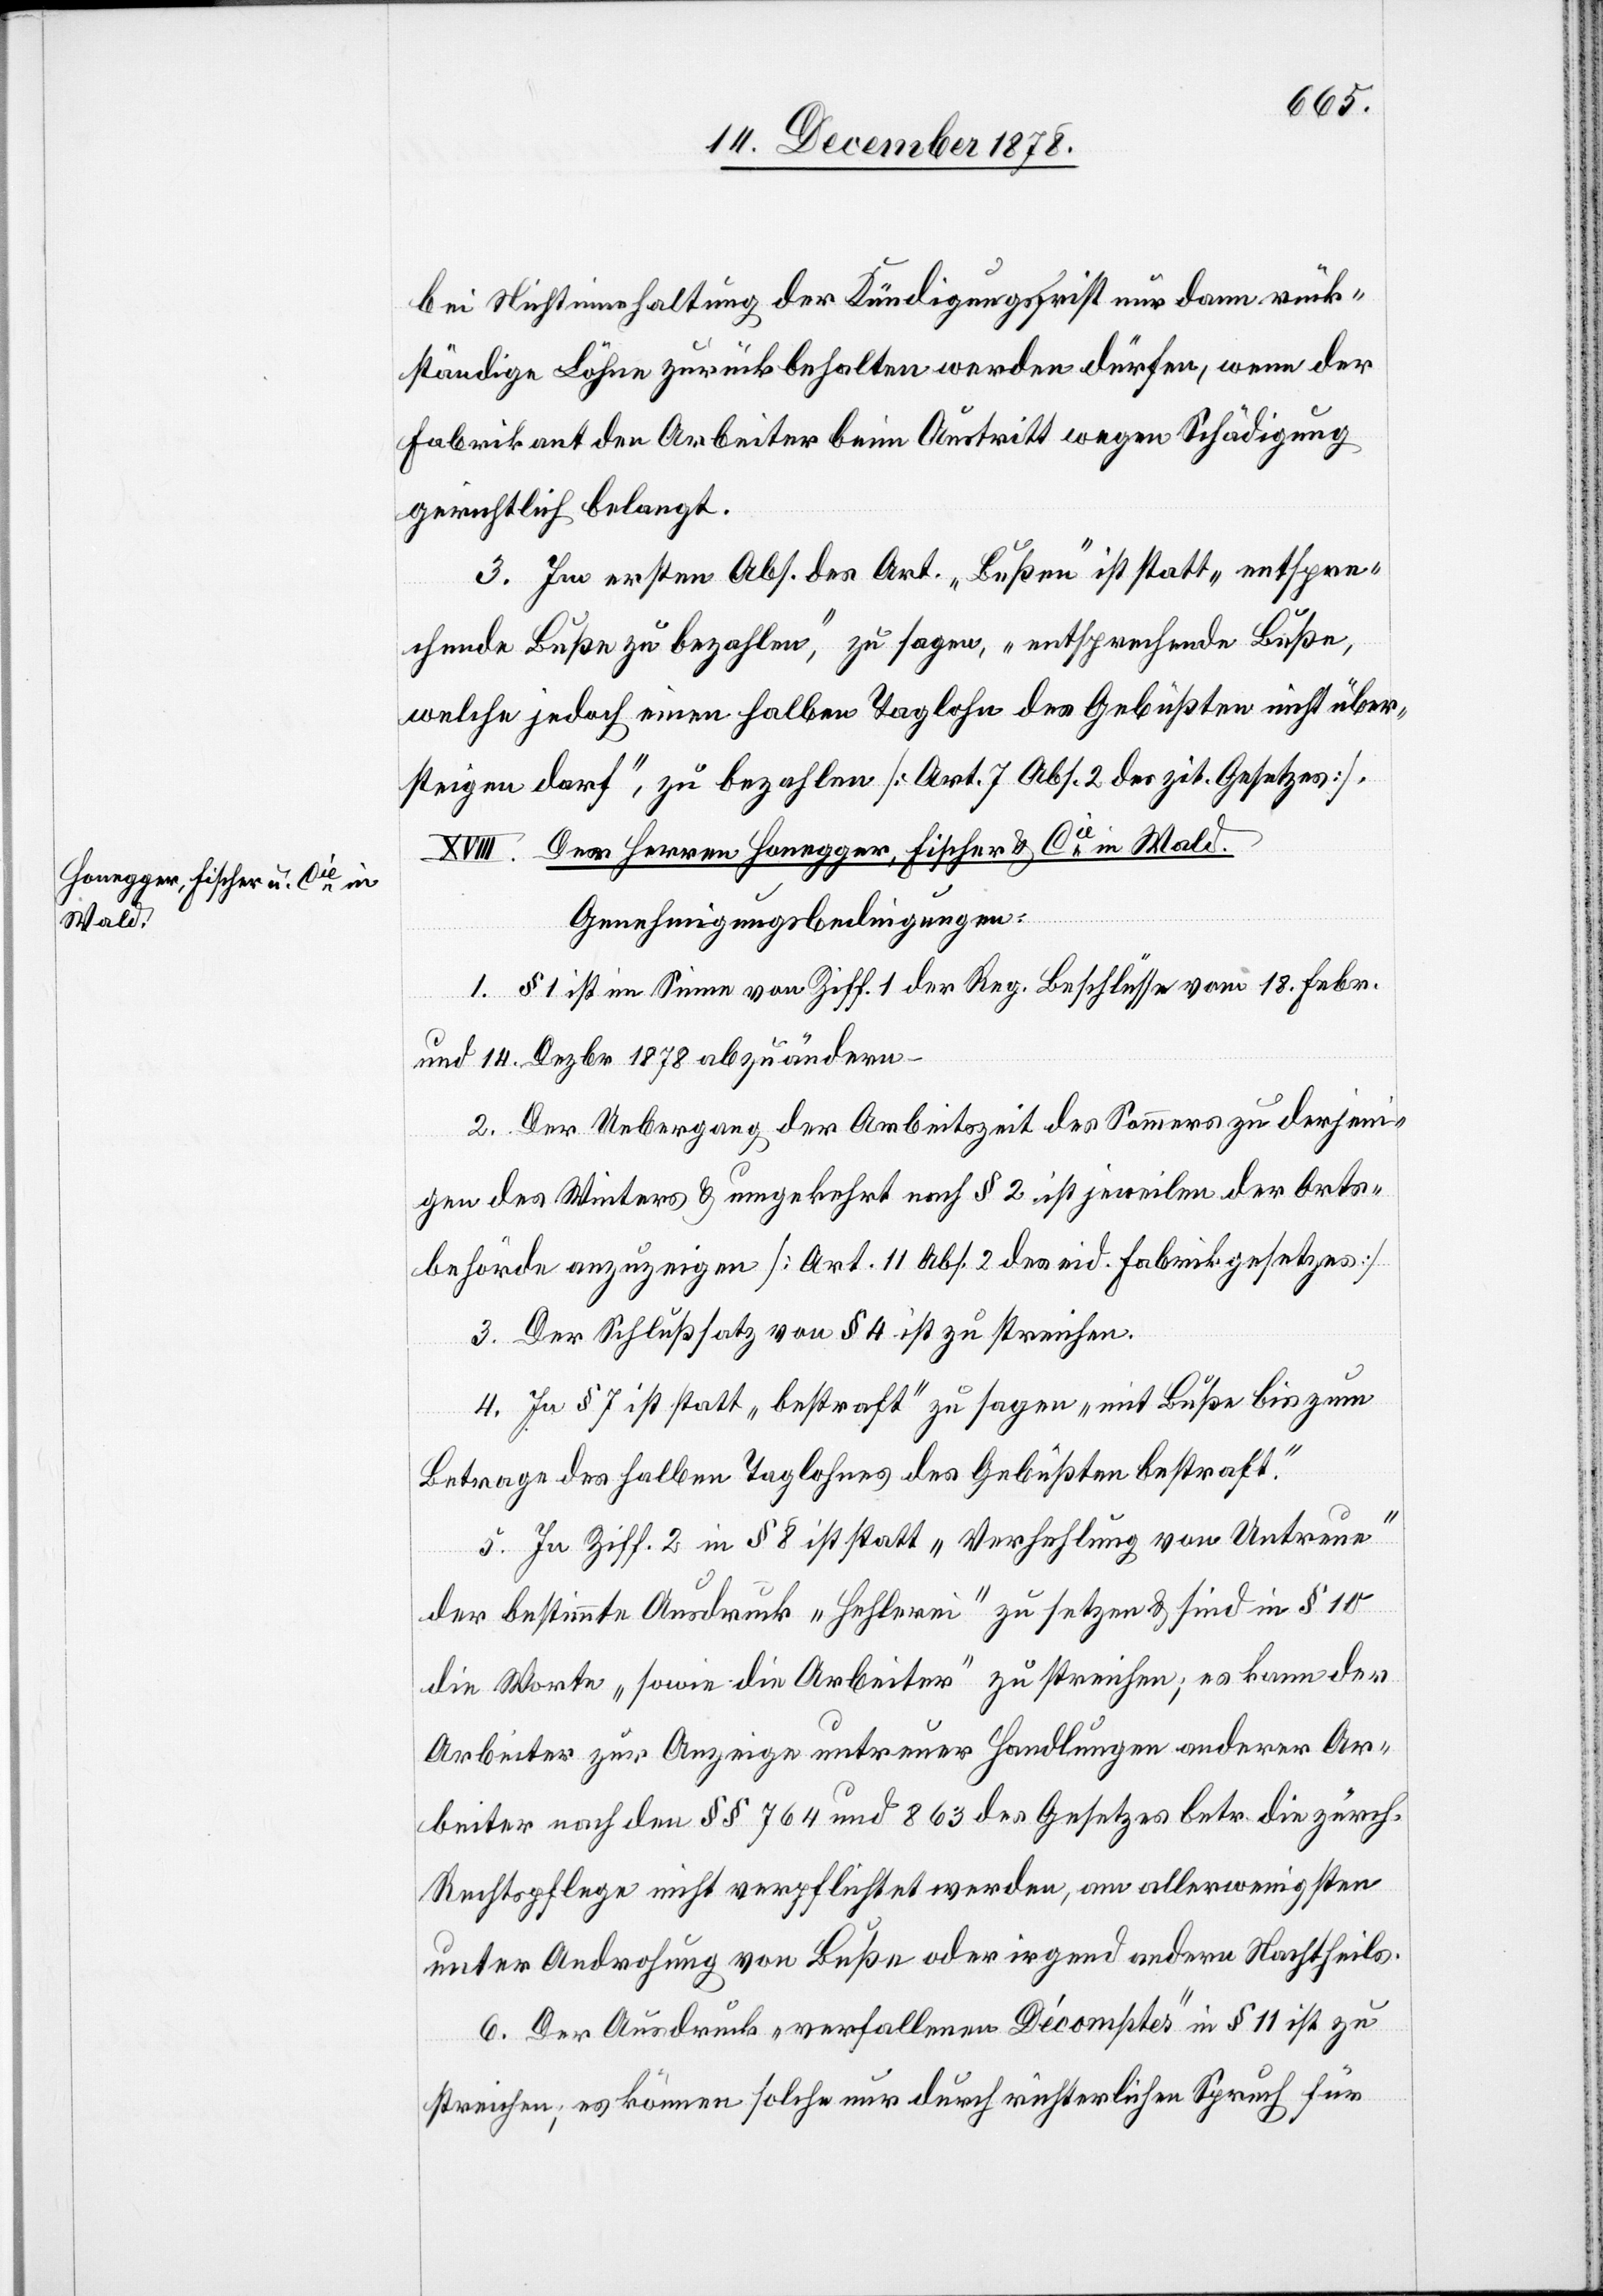
bei Nichteinhaltung der Kündigungsfrist nur dann rück¬
ständige Löhne zurückbehalten werden dürfen, wenn der
Fabrikant den Arbeiter beim Austritt wegen Schädigung
gerichtlich belangt.
3. Im ersten Abs. des Art. „Bußen“ ist statt „entspre¬
chende Buße zu bezahlen“, zu sagen, „entsprechende Buße,
welche jedoch einen halben Taglohn des Gebüßten nicht über¬
steigen darf“, zu bezahlen [Art. 7, Abs. 2 des zit. Gesetzes].
XVIII. Der Herren Honegger, Fischer & Cie in Wald.
Genehmigungsbedingungen:
1. § 1 ist im Sinne von Ziff. 1 der Reg. Beschlüsse vom 18. Febr.
und 14. Dezbr. 1878 abzuändern.
2. Der Uebergang der Arbeitszeit des Sommers zu derjeni¬
gen des Winters & umgekehrt nach § 2 ist jeweilen der Orts¬
behörde anzuzeigen. [Art. 11 Abs. 2 des eid. Fabrikgesetzes].
3. Der Schlußsatz von § 4 ist zu streichen.
4. In § 7 ist statt „bestraft“ zu sagen „mit Buße bis zum
Betrage des halben Taglohnes des Gebüßten bestraft.“
5. In Ziff. 2 in § 8 ist statt „Verhehlung von Untreue“
der bestimmte Ausdruck „Hehlerei“ zu setzen & sind in § 10
die Worte „sowie die Arbeiter“ zu streichen; es kann der
Arbeiter zur Anzeige untreuer Handlungen anderer Ar¬
beiter nach den §§ 764 und 863 des Gesetzes betr. die zürch.
Rechtspflege nicht verpflichtet werden, am allerwenigsten
unter Androhung von Buße oder irgend andern Nachtheils.
6. Der Ausdruck „verfallenen Décomptes“ in § 11 ist zu
streichen, es können solche nur durch richterlichen Spruch für